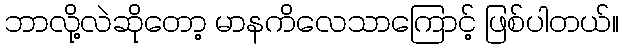
ဘာလို့လဲဆိုတော့ မာနကိလေသာကြောင့် ဖြစ်ပါတယ်။